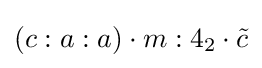
(c:a:a)\cdot m:4_{2}\cdot {\tilde {c}}